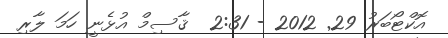
އޮކްޓޯބަރު 29